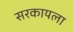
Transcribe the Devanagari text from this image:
सरकायला